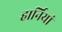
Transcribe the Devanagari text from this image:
हार्नियां